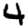
Digit: 4